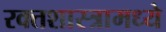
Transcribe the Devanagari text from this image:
रक्तशास्त्रामध्ये